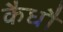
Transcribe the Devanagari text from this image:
कैधौ